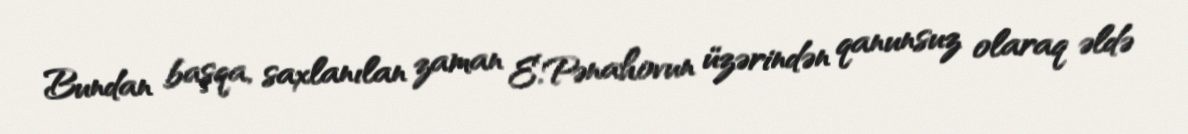
Bundan başqa, saxlanılan zaman E.Pənahovun üzərindən qanunsuz olaraq əldə